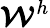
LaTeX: \boldsymbol{\mathcal{W}}^{h}